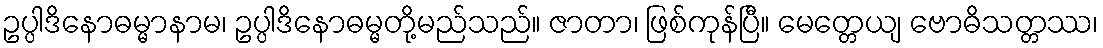
ဥပ္ပါဒိနောဓမ္မာနာမ၊ ဥပ္ပါဒိနောဓမ္မတို့မည်သည်။ ဇာတာ၊ ဖြစ်ကုန်ပြီ။ မေတ္တေယျ ဗောဓိသတ္တဿ၊